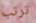
ترتب